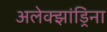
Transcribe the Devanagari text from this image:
अलेक्झांड्रिना